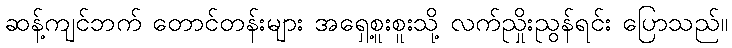
ဆန့်ကျင်ဘက် တောင်တန်းများ အရှေ့စူးစူးသို့ လက်ညှိုးညွန်ရင်း ပြောသည်။